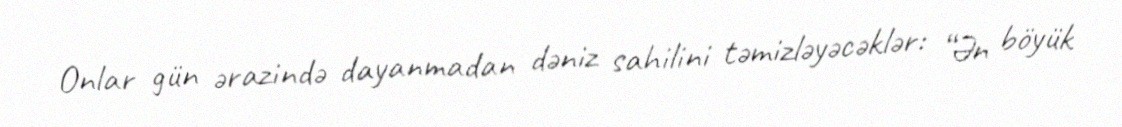
Onlar gün ərazində dayanmadan dəniz sahilini təmizləyəcəklər: “Ən böyük